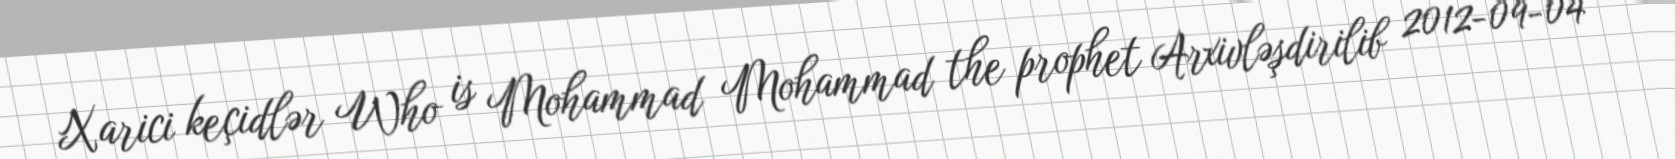
Xarici keçidlər Who is Mohammad Mohammad the prophet Arxivləşdirilib 2012-09-04